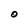
Character: O